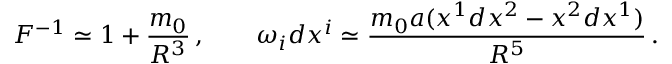
F ^ { - 1 } \simeq 1 + { \frac { m _ { 0 } } { R ^ { 3 } } } \, , \qquad \omega _ { i } d x ^ { i } \simeq { \frac { m _ { 0 } a ( x ^ { 1 } d x ^ { 2 } - x ^ { 2 } d x ^ { 1 } ) } { R ^ { 5 } } } \, .